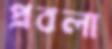
প্রবলা